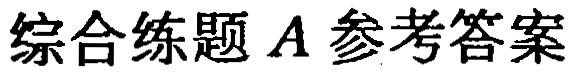
综合练题A参考答案